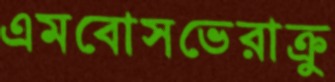
এমবোসভেরাক্রু